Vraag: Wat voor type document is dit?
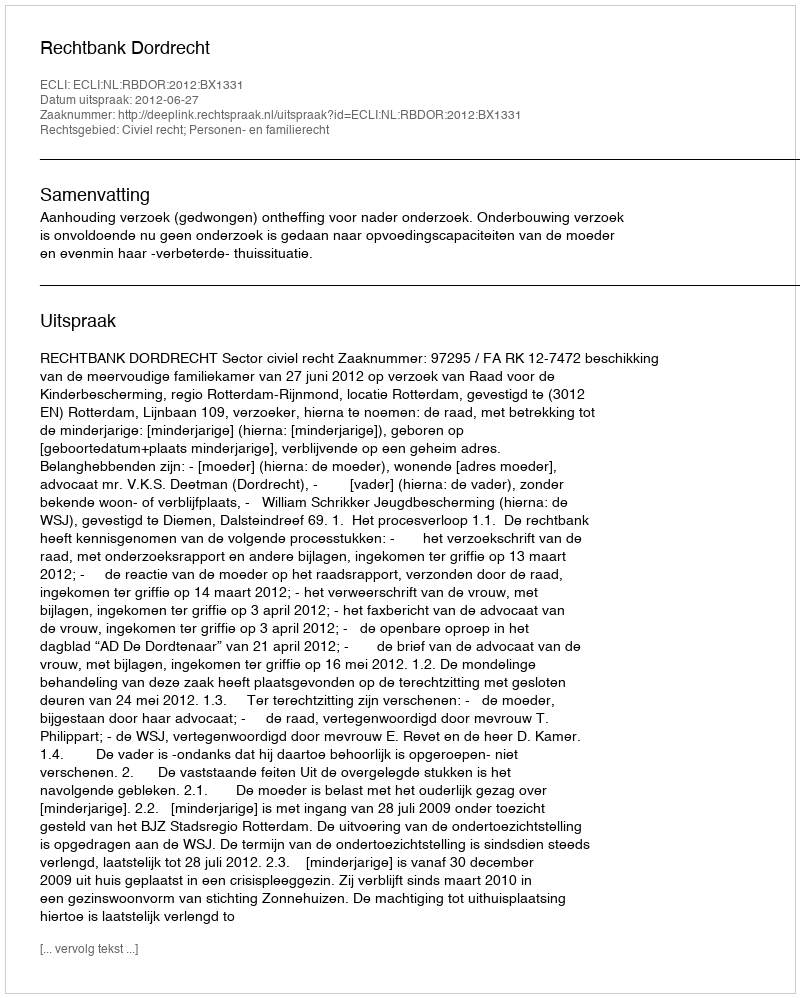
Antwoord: Uitspraak